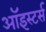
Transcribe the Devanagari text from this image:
ऑइस्टर्स